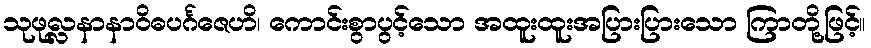
သုဖုလ္လနာနာဝိဓပင်္ဂဇေဟိ၊ ကောင်းစွာပွင့်သော အထူးထူးအပြားပြားသော ကြာတို့ဖြင့်။